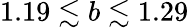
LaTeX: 1.19\lesssim b\lesssim 1.29